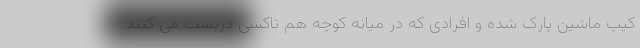
کیپ ماشین پارک شده و افرادی که در میانه کوچه هم تاکسی دربست می کنند